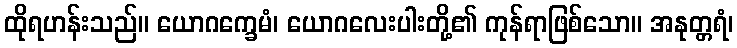
ထိုရဟန်းသည်။ ယောဂက္ခေမံ၊ ယောဂလေးပါးတို့၏ ကုန်ရာဖြစ်သော။ အနုတ္တရံ၊